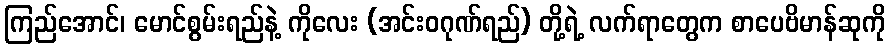
ကြည်အောင်၊ မောင်စွမ်းရည်နဲ့ ကိုလေး (အင်းဝဂုဏ်ရည်) တို့ရဲ့ လက်ရာတွေက စာပေဗိမာန်ဆုကို